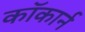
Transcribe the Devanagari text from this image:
कॉकार्न